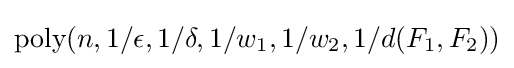
\textstyle {\text{poly}}(n,1/\epsilon ,1/\delta ,1/w_{1},1/w_{2},1/d(F_{1},F_{2}))